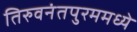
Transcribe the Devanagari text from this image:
तिरुवनंतपुरममध्ये